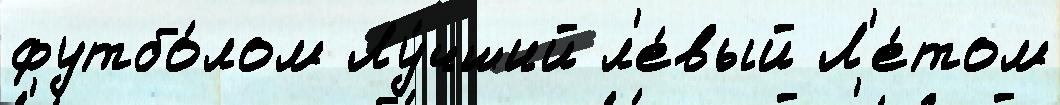
футбо́лом Лу́чший л'е́вый Л'е́том